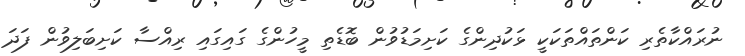
ނުރައްކާތެރި ކަންތައްތަކަކީ ޅަކުދިންގެ ކަށިމަޑުވުން ބޮޑެތި މީހުންގެ ގައިގައި ރިއްސާ ކަށިބަލިވުން ފަދަ